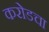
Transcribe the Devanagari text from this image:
करोडचा